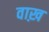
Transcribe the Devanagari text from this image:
वाख़